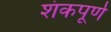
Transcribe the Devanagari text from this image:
शंकपूर्ण